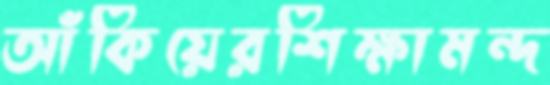
আঁকিয়েরশিক্ষামন্দ